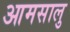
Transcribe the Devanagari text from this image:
आमसालु